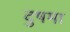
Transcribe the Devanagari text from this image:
दुषमा